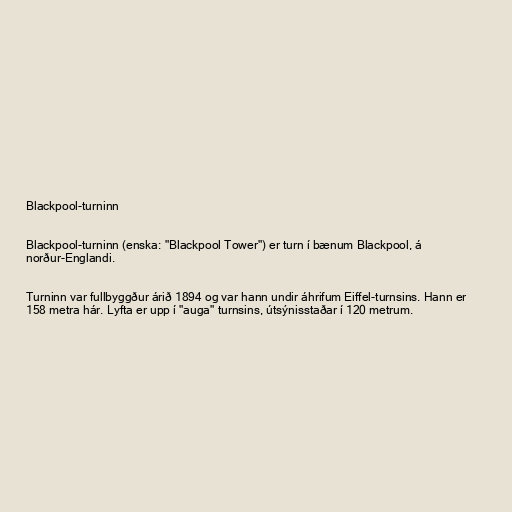
Blackpool-turninn

Blackpool-turninn (enska: "Blackpool Tower") er turn í bænum Blackpool, á
norður-Englandi.

Turninn var fullbyggður árið 1894 og var hann undir áhrifum Eiffel-turnsins. Hann er
158 metra hár. Lyfta er upp í "auga" turnsins, útsýnisstaðar í 120 metrum.